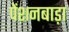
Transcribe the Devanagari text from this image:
पेंशनबाड़ा